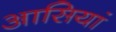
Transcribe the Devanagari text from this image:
आसियां